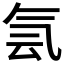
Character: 𰚼